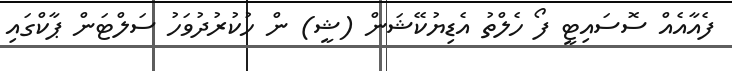
ފެއާއެއް ސޮސައިޓީ ފޯ ހެލްތު އެޑިޔުކޭޝަން (ޝީ) ން ހުކުރުދުވަހު ސަލްޓަން ޕާކްގައި